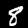
Label: 8